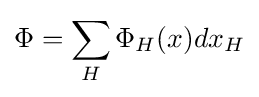
\Phi =\sum _{H}\Phi _{H}(x)dx_{H}